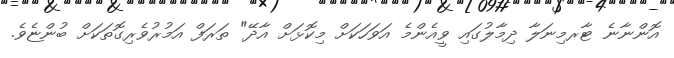
އޮންނާނެ ޓާރމިނަލާ ދިމާލުގައި ވީއެންމެ އަވަހަކަށް މިކޮޅަށް އާދޭ" ތަރަފް އަމުރުވެރިގޮތަކަށް ބުންޏެވެ.